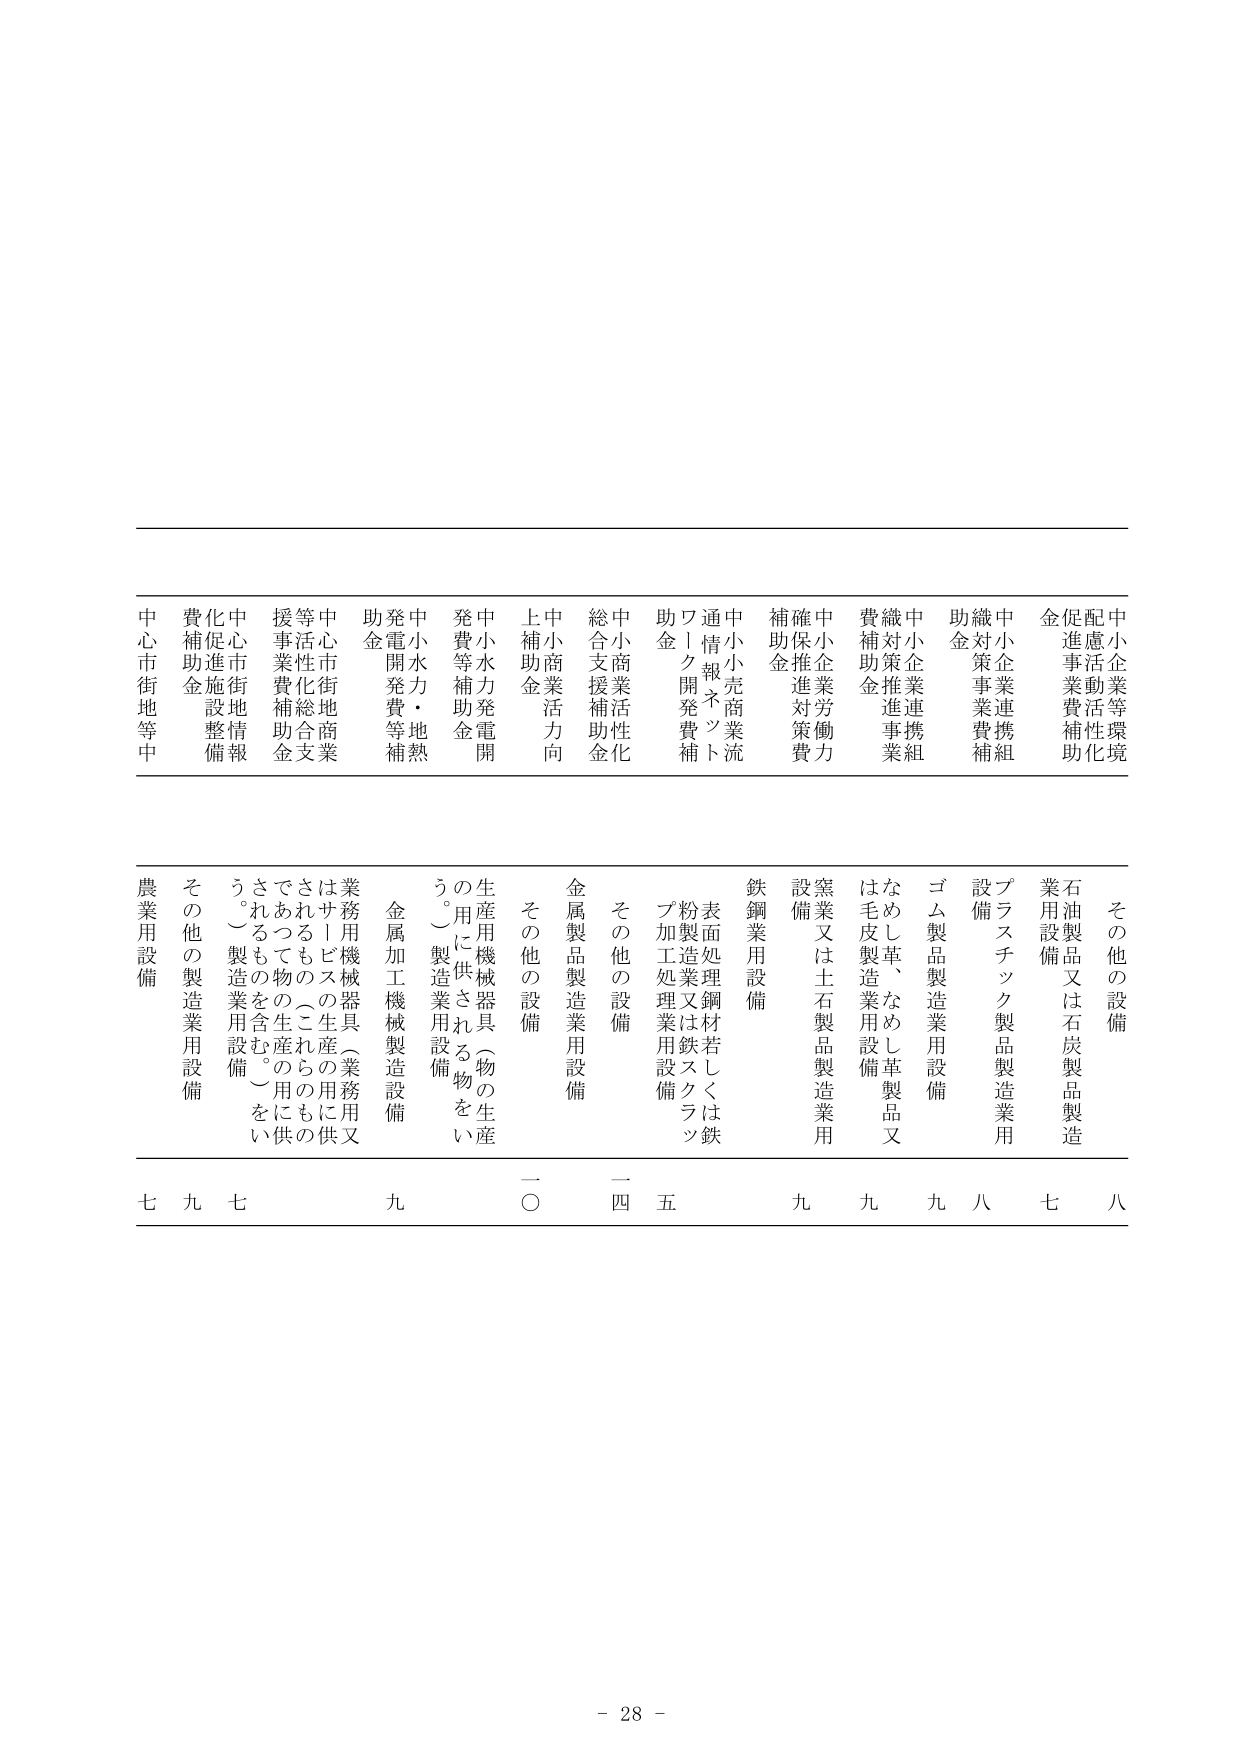
中小企業等環境配慮活動活性化促進事業費補助金
中小企業連携組織対策事業費補助金
中小企業連携組織対策推進事業費補助金
中小企業労働力確保推進対策費補助金
中小売商業流通情報ネットワーク開発費補助金
中小商業活性化総合支援補助金
中小商業活力向上補助金
中小水力発電開発等補助金
中小水力・地熱発電開発費等補助金
中心市街地商業活性化総合支援事業費補助金
中心市街地情報化促進施設整備費補助金
中心市街地等中

その他の設備
石油製品又は石炭製品製造業用設備
プラスチック製品製造業用設備
ゴム製品製造業用設備
なめし革、なめし革製品又は毛皮製造業用設備
窯業又は土石製品製造業用設備
鉄鋼業用設備
表面処理鋼材若しくは鉄粉製造業又は鉄スクラップ加工処理業用設備
その他の設備
金属製品製造業用設備
その他の設備
生産用機械器具（物の生産の用に供される物をいう。）製造業用設備
金属加工機械製造設備
業務用機械器具（業務用又はサービスの生産の用に供されるもの、これらのものであって物の生産の用に供されるものを含む。）製造業用設備
その他の製造業用設備
農業用設備

八
七
八
九
九
九
五
四
一〇
九
七
九
七

- 28 -